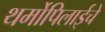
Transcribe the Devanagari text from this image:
थर्मोपिलाईचे